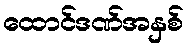
ထောင်ဒဏ်အနှစ်